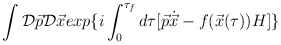
\begin{align*}\int {\cal D}\vec{p}{\cal D}\vec{x} exp\{ i\int_{0}^{\tau_{f}} d\tau [ \vec{p}\dot{\vec{x}} - f(\vec{x}(\tau))H ]\}\end{align*}